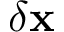
\delta \mathbf { x }